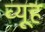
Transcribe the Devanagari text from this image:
व्‍यूह